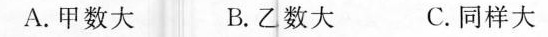
A. 甲数大 B.乙数大 C.同样大